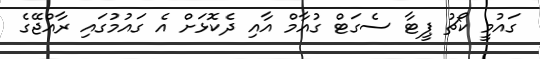
ގައުމީ ކޯޗު ޕީޓާ ސެގަޓް ގުއާމް އާއި ދެކޮޅަށް އެ ގައުމުގައި ރާއްޖޭގެ